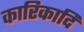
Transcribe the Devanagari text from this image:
कारिकादि